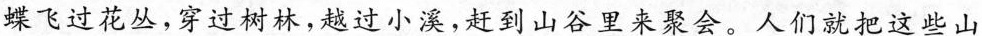
蝶飞过花丛，穿过树林，越过小溪，赶到山谷里来聚会。人们就把这些山